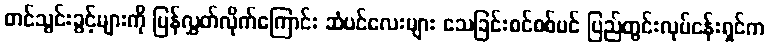
တင်သွင်းခွင့်များကို ပြန်လွှတ်လိုက်ကြောင်း ဆံပင်လေးများ သေခြင်းစင်စစ်ပင် ပြည်တွင်းလုပ်ငန်းရှင်က